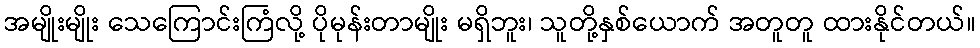
အမျိုးမျိုး သေကြောင်းကြံလို့ ပိုမုန်းတာမျိုး မရှိဘူး၊ သူတို့နှစ်ယောက် အတူတူ ထားနိုင်တယ်။